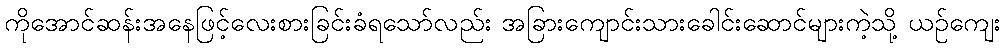
ကိုအောင်ဆန်းအနေဖြင့်လေးစားခြင်းခံရသော်လည်း အခြားကျောင်းသားခေါင်းဆောင်များကဲ့သို့ ယဉ်ကျေး